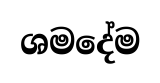
ශමදේම